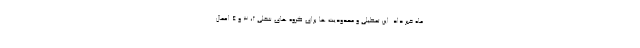
ماه خبر داد. این تعطیلی و محدودیت ها برای گروه های شغلی ۲، ۳ و ۴ اعمال